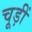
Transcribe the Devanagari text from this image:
चूड़ीं